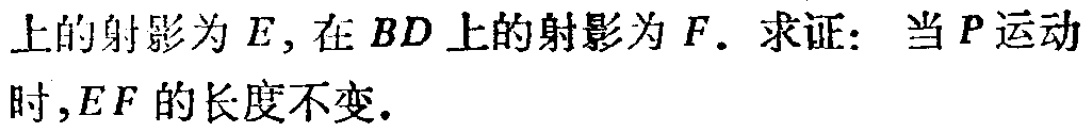
上的射影为\(E\)，在\(BD\)上的射影为\(F\)。求证：当\(P\)运动时，\(EF\)的长度不变.